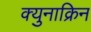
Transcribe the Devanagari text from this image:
क्युनाक्रिन